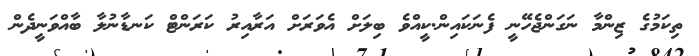
ތިކަމުގެ ޒިންމާ ނަގަންޖެހޭނީ ފެނަކައިން.ކީއްވެ ބިލަށް އެވަރަށް އަރާއިރު ކަރަންޓް ކަނޑާނުލާ ބާއްވަނީދެން